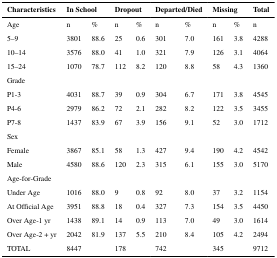
| Characteristics | <COLSPAN=2> In School | <COLSPAN=2> Dropout | <COLSPAN=2> Departed/Died | <COLSPAN=2> Missing | Total |
 | --- | --- | --- | --- | --- | --- | --- | --- | --- | --- |
 | Age | n | % | n | % | n | % | n | % | n |
 | 5–9 | 3801 | 88.6 | 25 | 0.6 | 301 | 7.0 | 161 | 3.8 | 4288 |
 | 10–14 | 3576 | 88.0 | 41 | 1.0 | 321 | 7.9 | 126 | 3.1 | 4064 |
 | 15–24 | 1070 | 78.7 | 112 | 8.2 | 120 | 8.8 | 58 | 4.3 | 1360 |
 | Grade |  |  |  |  |  |  |  |  |  |
 | P1-3 | 4031 | 88.7 | 39 | 0.9 | 304 | 6.7 | 171 | 3.8 | 4545 |
 | P4-6 | 2979 | 86.2 | 72 | 2.1 | 282 | 8.2 | 122 | 3.5 | 3455 |
 | P7-8 | 1437 | 83.9 | 67 | 3.9 | 156 | 9.1 | 52 | 3.0 | 1712 |
 | Sex |  |  |  |  |  |  |  |  |  |
 | Female | 3867 | 85.1 | 58 | 1.3 | 427 | 9.4 | 190 | 4.2 | 4542 |
 | Male | 4580 | 88.6 | 120 | 2.3 | 315 | 6.1 | 155 | 3.0 | 5170 |
 | Age-for-Grade |  |  |  |  |  |  |  |  |  |
 | Under Age | 1016 | 88.0 | 9 | 0.8 | 92 | 8.0 | 37 | 3.2 | 1154 |
 | At Official Age | 3951 | 88.8 | 18 | 0.4 | 327 | 7.3 | 154 | 3.5 | 4450 |
 | Over Age-1 yr | 1438 | 89.1 | 14 | 0.9 | 113 | 7.0 | 49 | 3.0 | 1614 |
 | Over Age-2 + yr | 2042 | 81.9 | 137 | 5.5 | 210 | 8.4 | 105 | 4.2 | 2494 |
 | TOTAL | 8447 |  | 178 |  | 742 |  | 345 |  | 9712 |